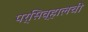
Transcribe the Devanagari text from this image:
पर्सिव्हालची